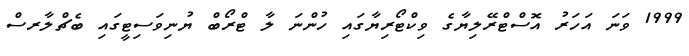
1999 ވަނަ އަހަރު އޮސްޓްރޭލިޔާގެ ވިކްޓޯރިޔާގައި ހުންނަ ލާ ޓްރޯބް ޔުނިވަސިޓީގައި ބެޗްލާރސް